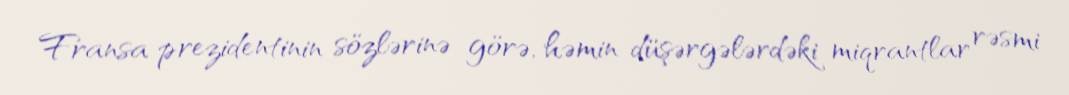
Fransa prezidentinin sözlərinə görə, həmin düşərgələrdəki miqrantlar rəsmi